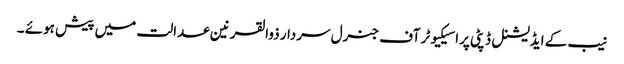
نیب کے ایڈیشنل ڈپٹی پراسیکیوٹر آف جنرل سردار ذوالقرنین عدالت میں پیش ہوئے ۔